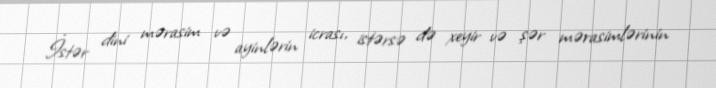
İstər dini mərasim və ayinlərin icrası, istərsə də xeyir və şər mərasimlərinin